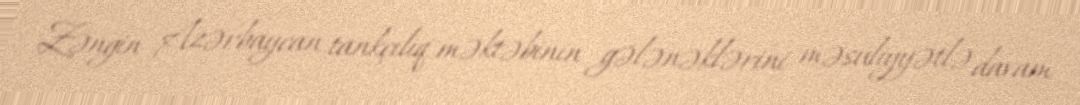
Zəngin Azərbaycan tankçılıq məktəbinin gələnəklərini məsuliyyətlə davam